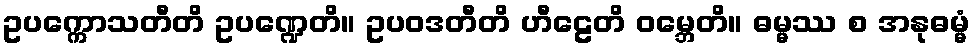
ဥပက္ကောသတီတိ ဥပဏ္ဍေတိ။ ဥပဝဒတီတိ ဟီဠေတိ ဝမ္ဘေတိ။ ဓမ္မဿ စ အနုဓမ္မံ